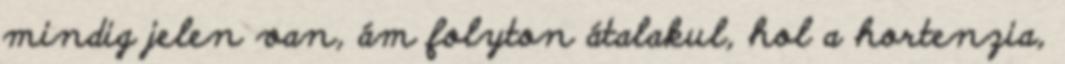
mindig jelen van, ám folyton átalakul, hol a hortenzia,